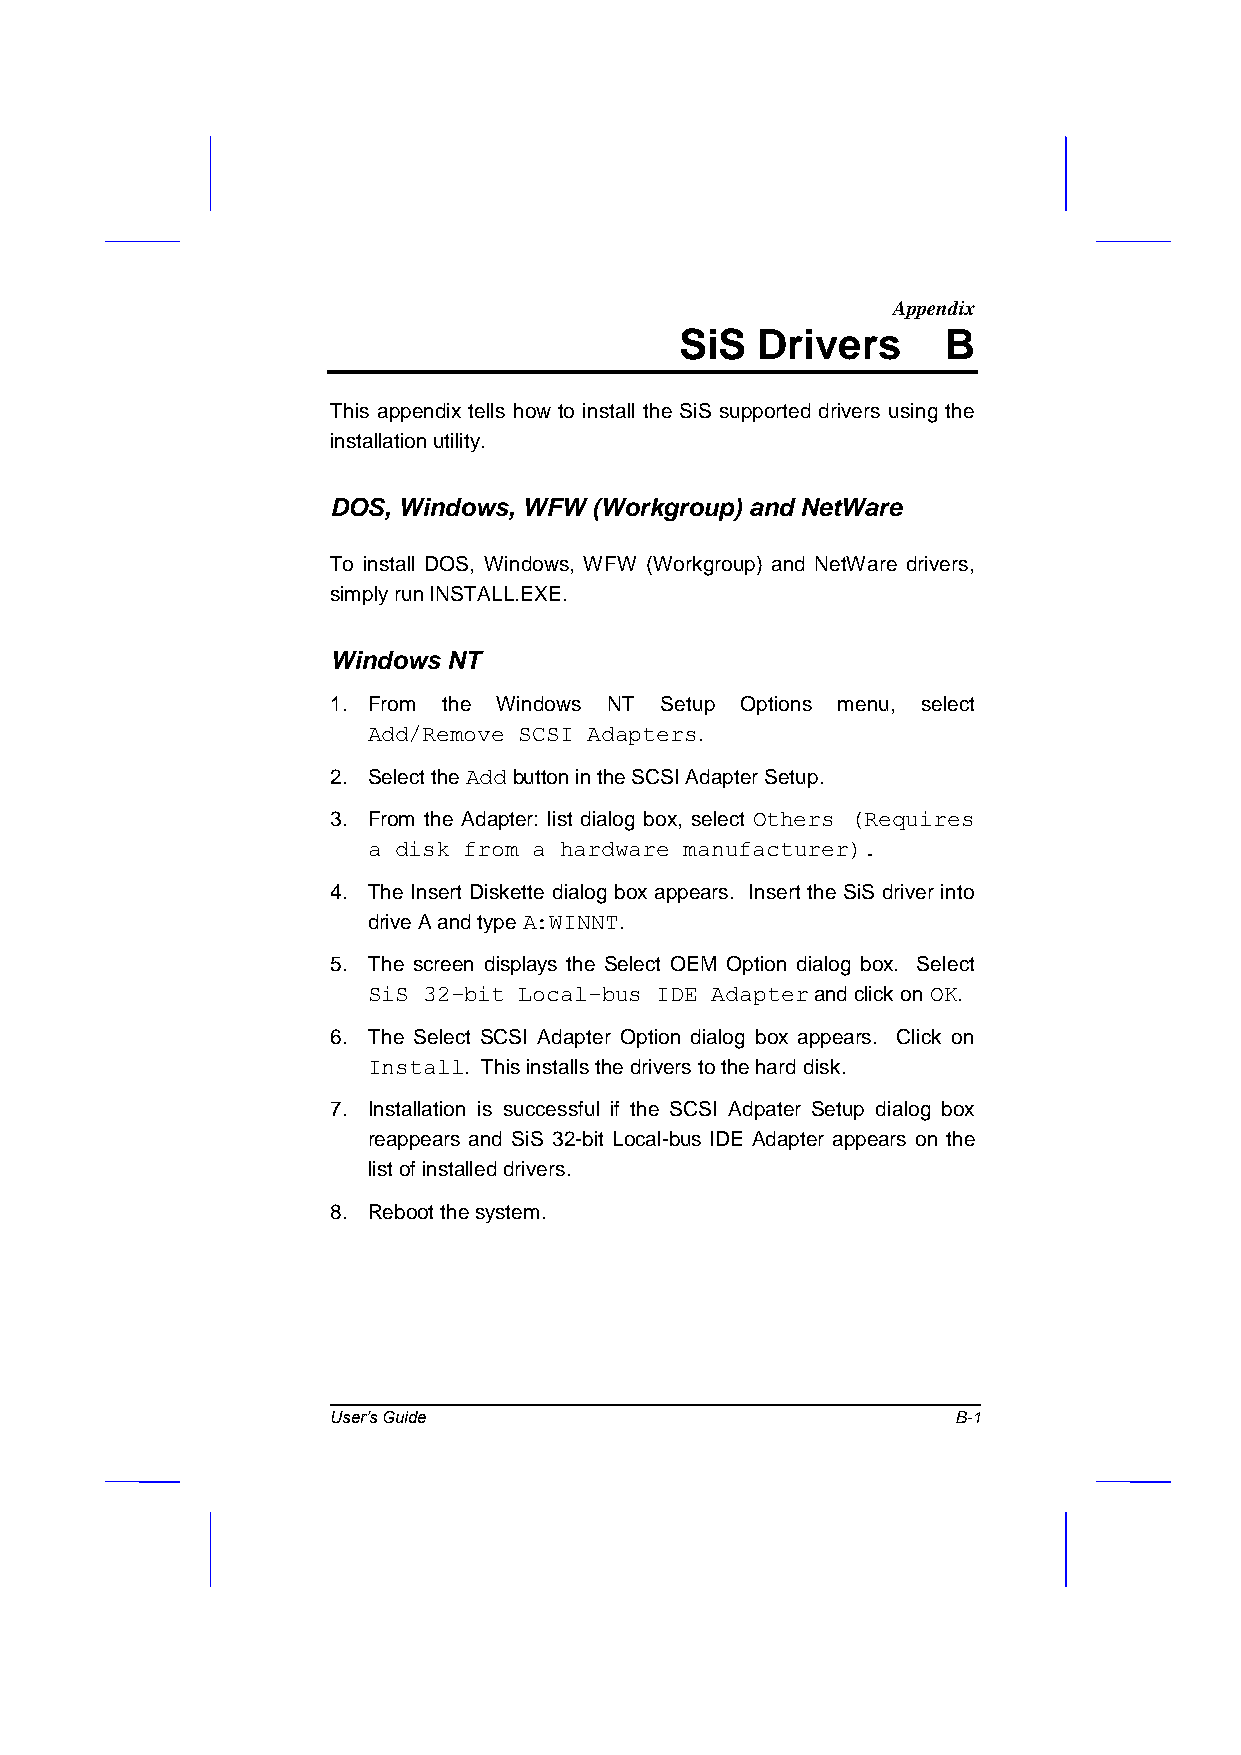
Appendix
 SiS  Drivers      B
 This appendix tells how to install the SiS supported drivers using the
 installation utility.
 DOS, Windows, WFW (Workgroup) and NetWare
 To install DOS, Windows, WFW (Workgroup) and NetWare drivers,
 simply run INSTALL.EXE.
 Windows NT
 1. From the Windows NT Setup Options menu, select
 Add/Remove SCSI Adapters.
 2. Select the Add button in the SCSI Adapter Setup.
 3. From the Adapter: list dialog box, select Others (Requires
 a disk from a hardware manufacturer).
 4. The Insert Diskette dialog box appears. Insert the SiS driver into
 drive A and type A:WINNT.
 5. The screen displays the Select OEM Option dialog box. Select
 SiS 32-bit Local-bus IDE Adapter and click on OK.
 6. The Select SCSI Adapter Option dialog box appears. Click on
 Install. This installs the drivers to the hard disk.
 7. Installation is successful if the SCSI Adpater Setup dialog box
 reappears and SiS 32-bit Local-bus IDE Adapter appears on the
 list of installed drivers.
 8. Reboot the system.
 User’s Guide                             B-1